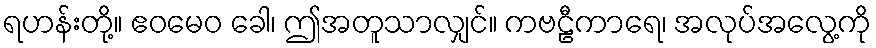
ရဟန်းတို့။ ဧဝမေဝ ခေါ၊ ဤအတူသာလျှင်။ ကဗဠီကာရေ၊ အလုပ်အလွေ့ကို